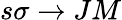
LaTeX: s\sigma\rightarrow JM